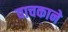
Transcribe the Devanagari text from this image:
वाचकाने